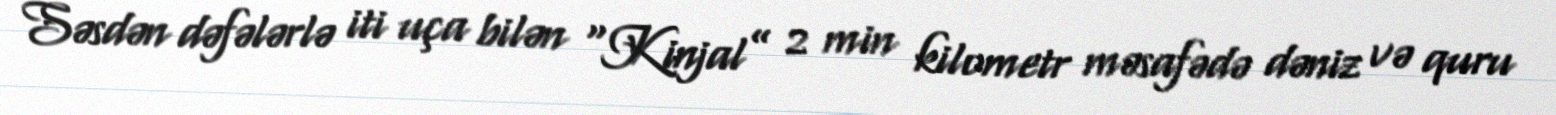
Səsdən dəfələrlə iti uça bilən “Kinjal” 2 min kilometr məsafədə dəniz və quru